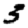
Digit: 3